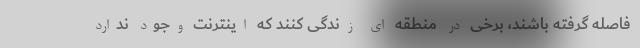
فاصله گرفته باشند، برخی در منطقه ای زندگی کنند که اینترنت وجود ندارد